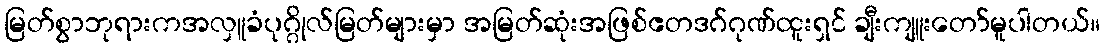
မြတ်စွာဘုရားကအလှူခံပုဂ္ဂိုလ်မြတ်များမှာ အမြတ်ဆုံးအဖြစ်ဧတဒဂ်ဂုဏ်ထူးရှင် ချီးကျူးတော်မူပါတယ်။